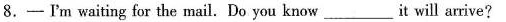
8.—I'm waiting for the mail. Do you know ___ it will arrive?